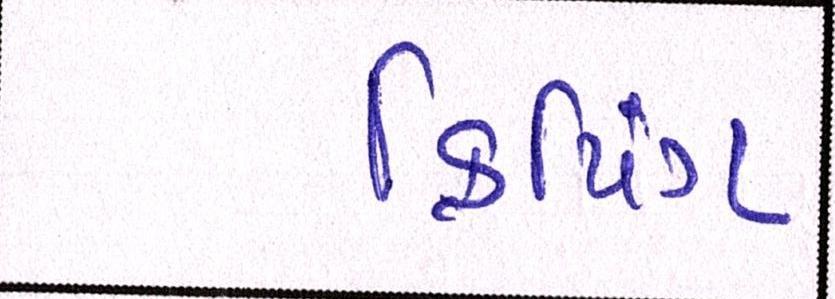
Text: ક્રિપિંગ